Morphology and life history of Herpetomonas culicis, Novy, MacNeal and Torrey - Number 57
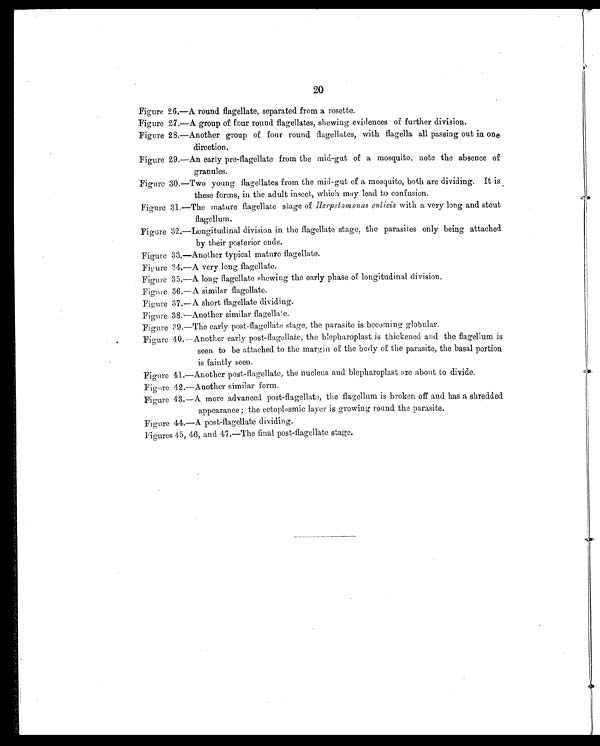
20
Figure 26.—A. round flagellate, separated from a rosette.
Figure 27.—A group of four round flagellates, shewing evidences of further division.
Figure 28.—Another group of four round flagellates, with flagella all passing out in one
direction.
Figure 29.—An early pre-flagellate from the mid-gut of a mosquito, note the absence of
granules.
Figure 30.—Two young flagellates from the mid-gut of a mosquito, both are dividing. It is
these forms, in the adult insect, which may lead to confusion.
Figure 31.—The mature flagellate stage of Herpetomonas culicis with a very long and stout
flagellum.
Figure 32.—Longitudinal division in the flagellate stage, the parasites only being attached
by their posterior ends.
Figure 33.—Another typical mature flagellate.
Figure 34.—A very long flagellate.
Figure 35.—A long flagellate showing the early phase of longitudinal division.
Figure 36.—A similar flagellate.
Figure 37.—A short flagellate dividing.
Figure 38.—Another similar flagellate.
Figure 39.—The early post-flagellate stage, the parasite is becoming globular.
Figure 40.—Another early post-flagellate, the blepharoplast is thickened and the flagellum is
seen to be attached to the margin of the body of the parasite, the basal portion
is faintly seen.
Figure 41.—Another post-flagellate, the nucleus and blepharoplast are about to divide.
Figure 42.—Another similar form.
Figure 43.—A more advanced post-flagellate, the flagellum is broken off and has a shredded
appearance ; the ectoplasmic layer is growing round the parasite.
Figure 44.—A post-flagellate dividing.
Figures 45, 46, and 47.—The final post-flagellate stage.